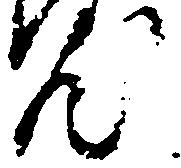
汰